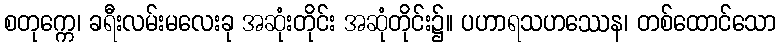
စတုက္ကေ၊ ခရီးလမ်းမလေးခု အဆုံးတိုင်း အဆုံတိုင်း၌။ ပဟာရသဟဿေန၊ တစ်ထောင်သော